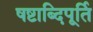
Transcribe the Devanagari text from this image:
षष्टाब्दिपूर्ति